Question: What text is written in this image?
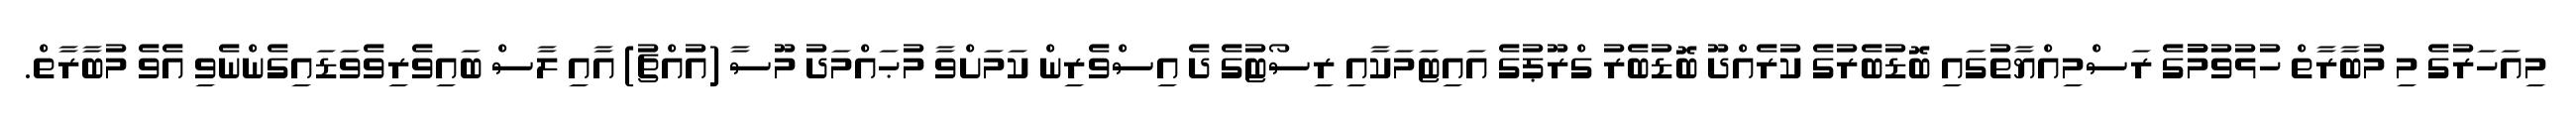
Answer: މިއަހަރުގެ މި މުބާރާތް ހުޅުވުމުުގެ ރަސްމިއްޔާތުގައި ބޮޑުބެރުގެ ކުރެއްދޫ ބޮޑުބެރު ގްރޫޕުގެ އައިޓަމަކާއި ރިސޯޓުގެ ދެ އިސްވެރިން ކަމަށްވާ މުޙައްމަދު މޫސާ (އުއްޗު) އާއި ލާސް ބައިވެރިވެވަޑައިގެންނެވި އެވެ މުބާރާތް.